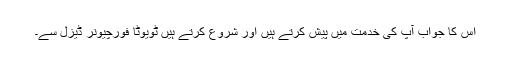
اس کا جواب آپ کی خدمت میں پیش کرتے ہیں اور شروع کرتے ہیں ٹویوٹا فورچیونر ڈیزل سے۔